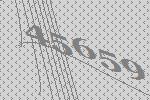
45659